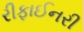
રીફાઈનરી